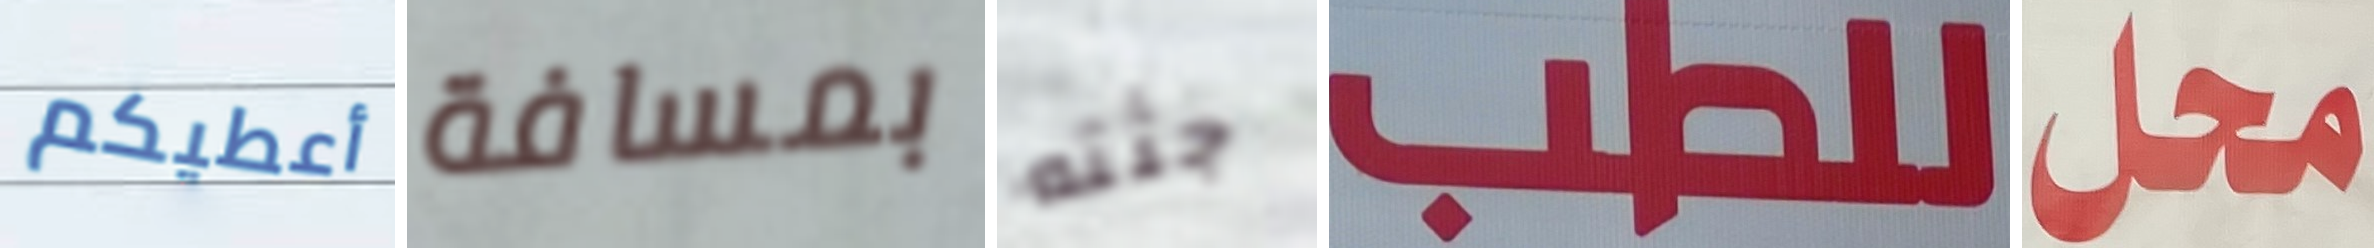
أعطيكم بمسافة جثته للطب محل